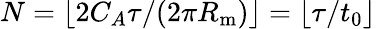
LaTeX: N=\lfloor 2C_{A}\tau/(2\pi R_{\mathrm{m}})\rfloor=\lfloor\tau/t_{0}\rfloor